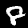
Label: 8